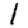
Digit: 1